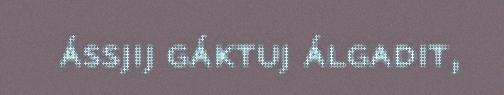
ássjij gáktuj álgadit,